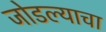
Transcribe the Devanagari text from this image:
जोडल्याचा